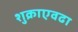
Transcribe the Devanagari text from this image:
शुक्राएवढा